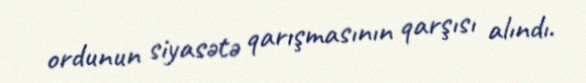
ordunun siyasətə qarışmasının qarşısı alındı.